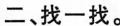
二、找一找。